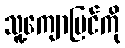
သူ့ကျောပြင်ကို